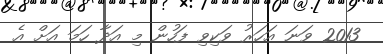
2013 ވަނަ އަހަރު ވަކިވި ފަހުން މި އަދާ ހަމަ އަށް އެ